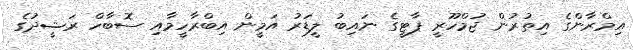
އިމްރާންގެ އިތުރުން ޖުމްހޫރީ ޕާޓީގެ ނައިބު ލީޑަރު އަމީން އިބްރާހީމާއި ސޮބާހް ރަޝީދުގެ